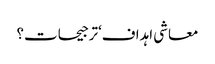
معاشی اہداف‘ترجیحات؟